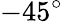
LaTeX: -45^{\circ}